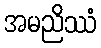
အမညိဿံ